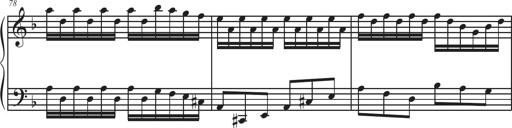
Title: Sonatina Espania
Composer: Jerald Franklin Archer
Key: Various